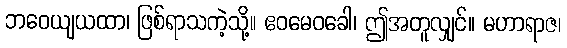
ဘဝေယျယထာ၊ ဖြစ်ရာသကဲ့သို့။ ဧဝမေဝခေါ၊ ဤအတူလျှင်။ မဟာရာဇ၊